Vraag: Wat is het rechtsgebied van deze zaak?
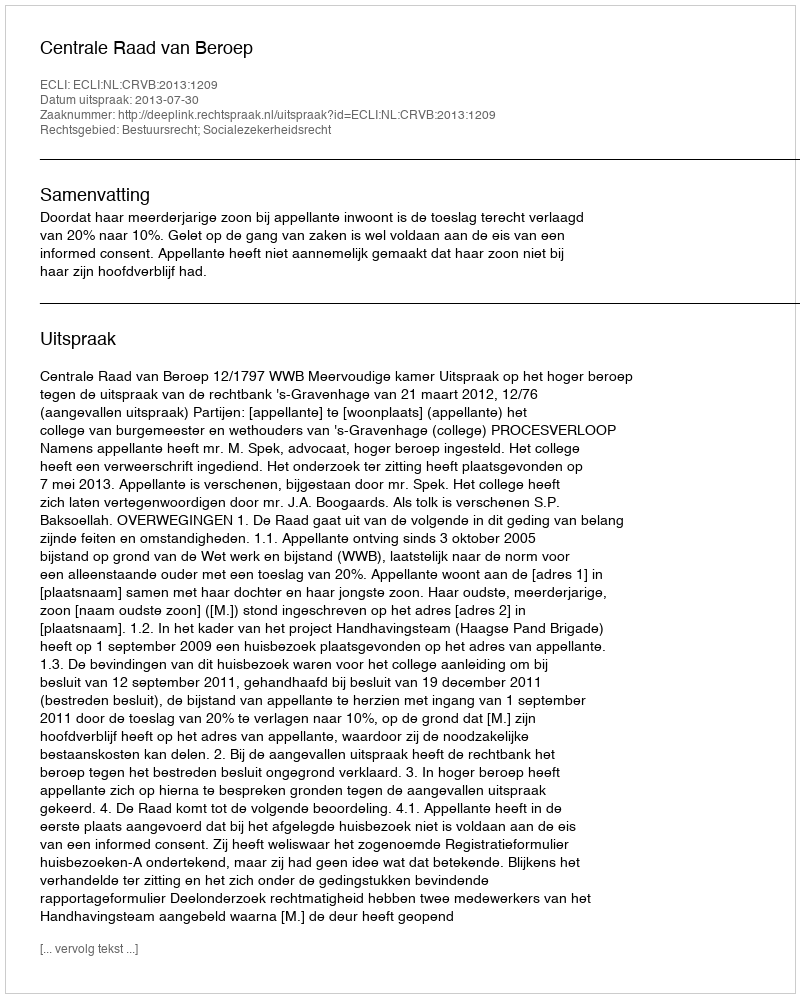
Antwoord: Bestuursrecht; Socialezekerheidsrecht